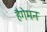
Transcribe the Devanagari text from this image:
हैगेमन